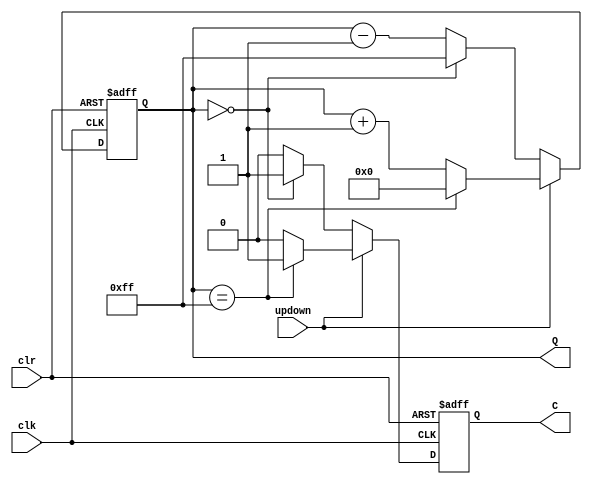
module Counter(clr, updown, clk, Q, C);
	input clr, updown, clk;
	output [7:0] Q;
	output C;
	reg [7:0] Q;
	reg C;
	
	always@(posedge clk or posedge clr)
		begin
			if(clr)
				begin 
					Q = 8'b00000000;
					C = 0;
				end
			else
				begin
					if(updown)
						begin
							if(Q == 8'b11111111)
								begin Q = 8'b00000000; C = 1; end
							else
								begin Q = Q + 1; C = 0; end;
						end
					else
						begin
							if(Q == 8'b00000000)
								begin Q = 8'b11111111; C = 1; end
							else
								begin Q = Q - 1; C = 0; end;
						end						
				end
		end
endmodule